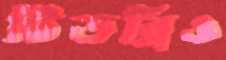
টিডব্লিও